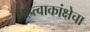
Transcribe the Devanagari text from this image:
महत्वाकांक्षेचा